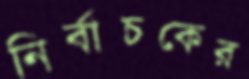
নির্বাচকের